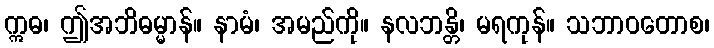
ဣဓ၊ ဤအဘိဓမ္မာန်။ နာမံ၊ အမည်ကို။ နလဘန္တိ၊ မရကုန်။ သဘာဝတောစ၊